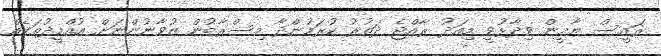
ރައީސް ޔާމީން ވިދާޅުވީ މިއަދު ރާއްޖެ ދަތުރު ކުރަމުންދާ މިސްރާބުން ޒުވާނުންނަށް އުއްމީދުތަކެއް